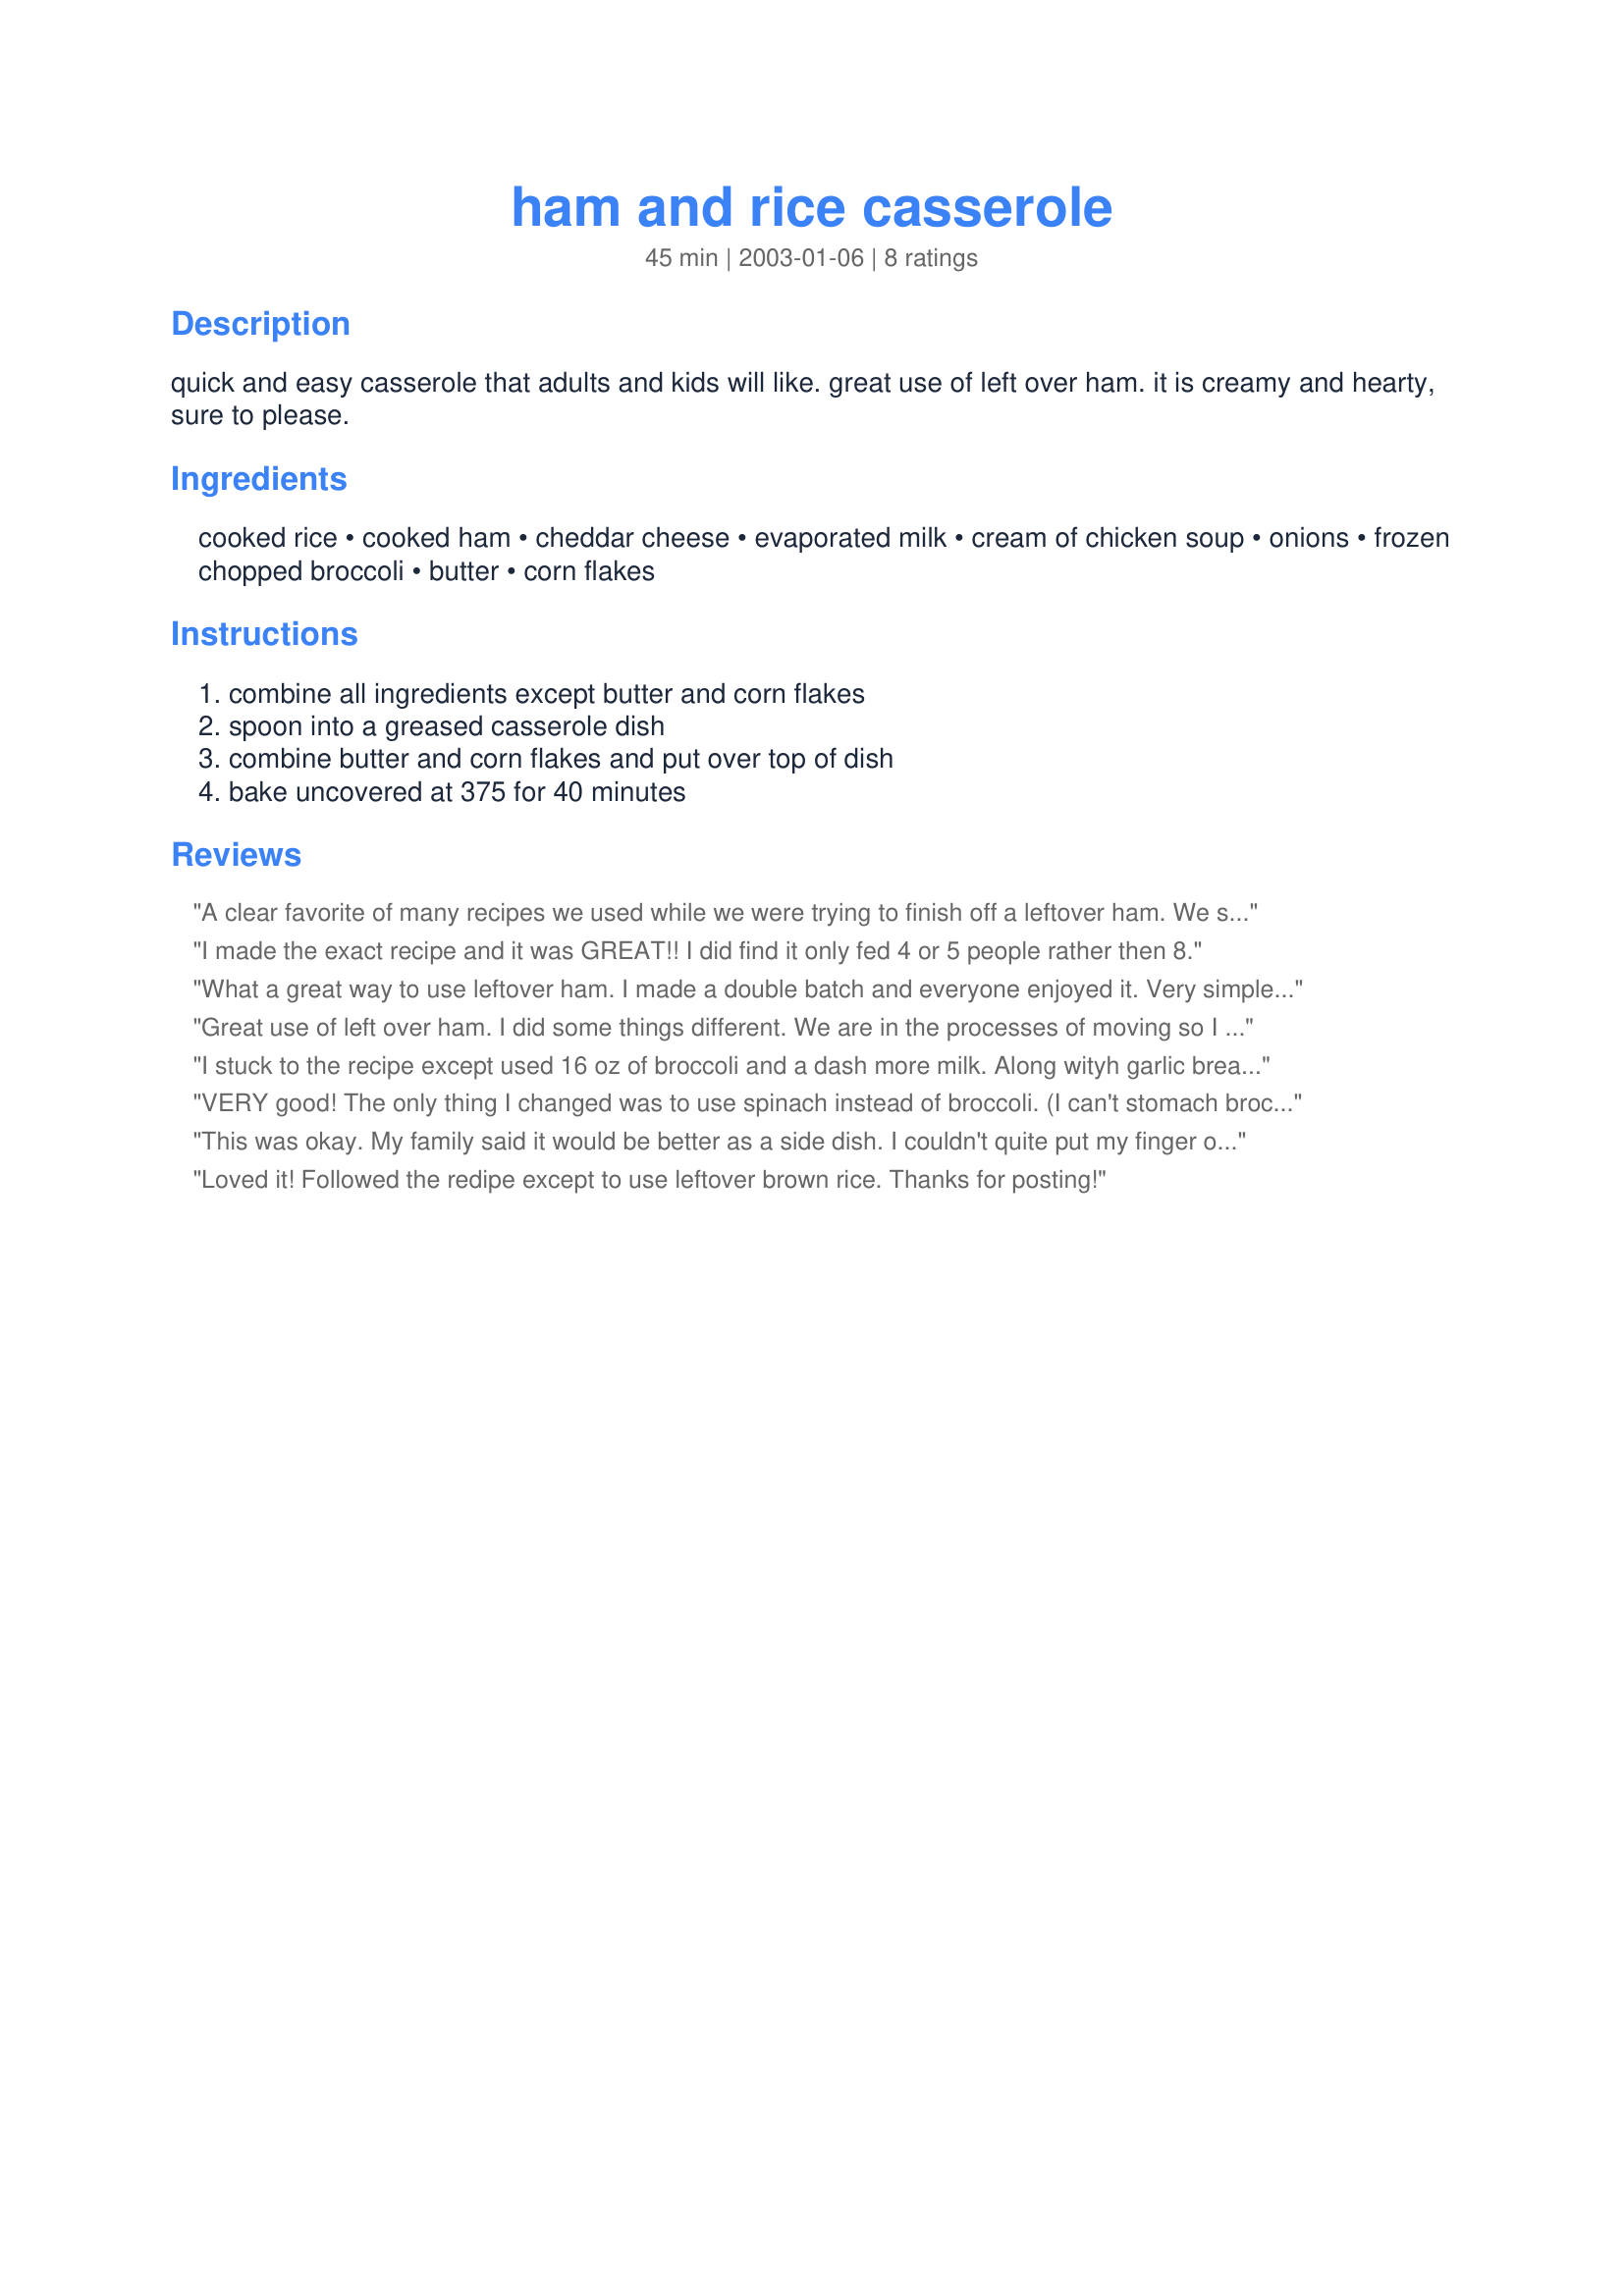
ham and rice casserole
Preparation time: 45 minutes

quick and easy casserole that adults and kids will like. great use of left over ham. it is creamy and hearty, sure to please.

Ingredients:
cooked rice, cooked ham, cheddar cheese, evaporated milk, cream of chicken soup, onions, frozen chopped broccoli, butter, corn flakes

Steps:
combine all ingredients except butter and corn flakes, spoon into a greased casserole dish, combine butter and corn flakes and put over top of dish, bake uncovered at 375 for 40 minutes

Reviews:
A clear favorite of many recipes we used while we were trying to finish off a leftover ham. We substituted corn for the broccoli as we didn't have any on hand. Will definitely make again, maybe with chicken the next time. Thanks for the great recipe, Tracy!
I made the exact recipe and it was GREAT!! I did find it only fed 4 or 5 people rather then 8.
What a great way to use leftover ham. I made a double batch and everyone enjoyed it. Very simple and tasty.
Great use of left over ham.

I did some things different. We are in the processes of moving so I didn't have the right pan. So I used a large pot. And I didn't have any Cream of Chicken soup, so I used Chedder Cheese soup. And I didn't use Frozen Broc, I had fresh.
And it turned out yummy.
Thanks
I stuck to the recipe except used 16 oz of broccoli and a dash more milk. Along wityh garlic bread and a Caesar salad we had quite a feast.
VERY good! The only thing I changed was to use spinach instead of broccoli. (I can't stomach broccoli.) Hubby says "Make it again!" I do, however, agree with another reviewer who indicated that this recipe only makes about 4-5 servings. Thanks Tracy!
This was okay. My family said it would be better as a side dish. I couldn't quite put my finger on what I didn't like. Here's a thought: chicken in place of ham and I feel shoepeg corn would really set it off.
Loved it! Followed the redipe except to use leftover brown rice. Thanks for posting!
